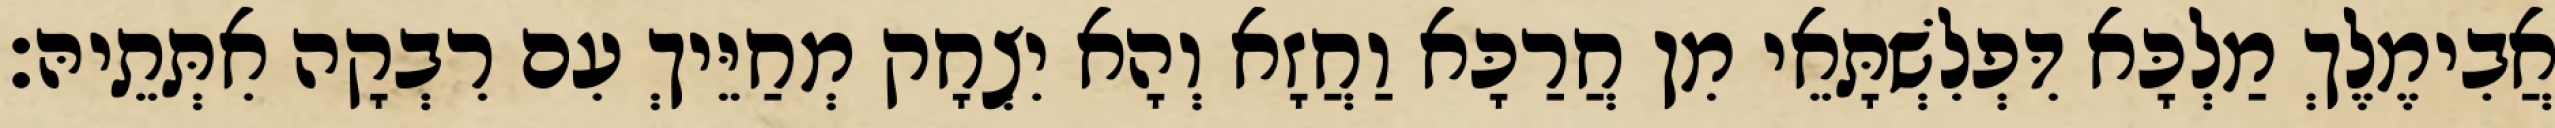
אֲבִימֶלֶךְ מַלְכָּא דִּפְלִשְׁתָּאֵי מִן חֲרַכָּא וַחֲזָא וְהָא יִצְחָק מְחַיֵּיךְ עִם רִבְקָה אִתְּתֵיהּ׃